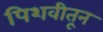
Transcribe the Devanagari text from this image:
पिशवीतून